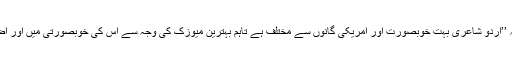
اُن کا کہنا تھا کہ ’’اردو شاعری بہت خوبصورت اور امریکی گانوں سے مختلف ہے تاہم بہترین میوزک کی وجہ سے اس کی خوبصورتی میں اور اضافہ ہوگیا ہے‘‘۔